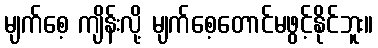
မျက်စေ့ ကျိန်းလို့ မျက်စေ့တောင်မဖွင့်နိုင်ဘူး။